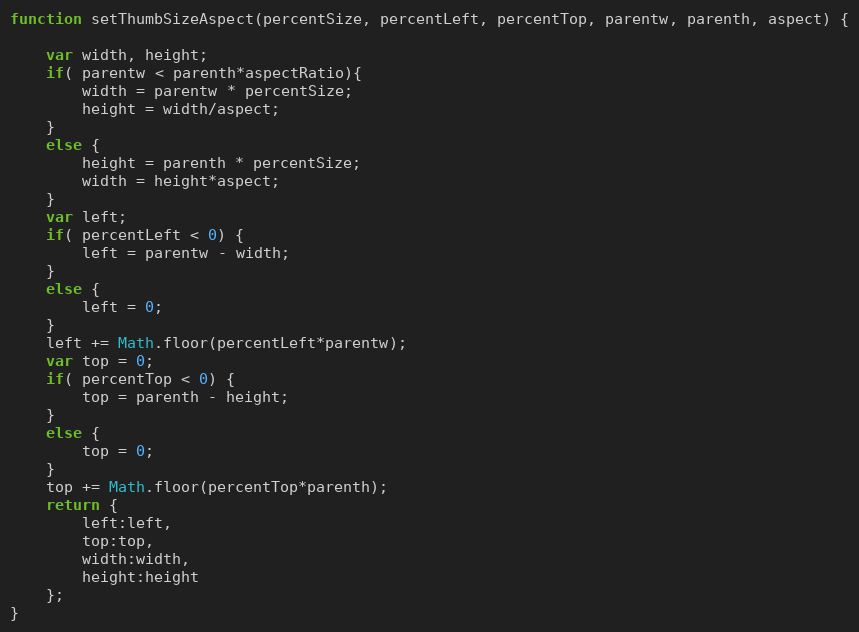
Language: JavaScript
function setThumbSizeAspect(percentSize, percentLeft, percentTop, parentw, parenth, aspect) {

    var width, height;
    if( parentw < parenth*aspectRatio){
        width = parentw * percentSize;
        height = width/aspect;
    }
    else {
        height = parenth * percentSize;
        width = height*aspect;
    }
    var left;
    if( percentLeft < 0) {
        left = parentw - width;
    }
    else {
        left = 0;
    }
    left += Math.floor(percentLeft*parentw);
    var top = 0;
    if( percentTop < 0) {
        top = parenth - height;
    }
    else {
        top = 0;
    }
    top += Math.floor(percentTop*parenth);
    return {
        left:left,
        top:top,
        width:width,
        height:height
    };
}